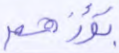
تؤزهم